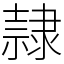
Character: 隷